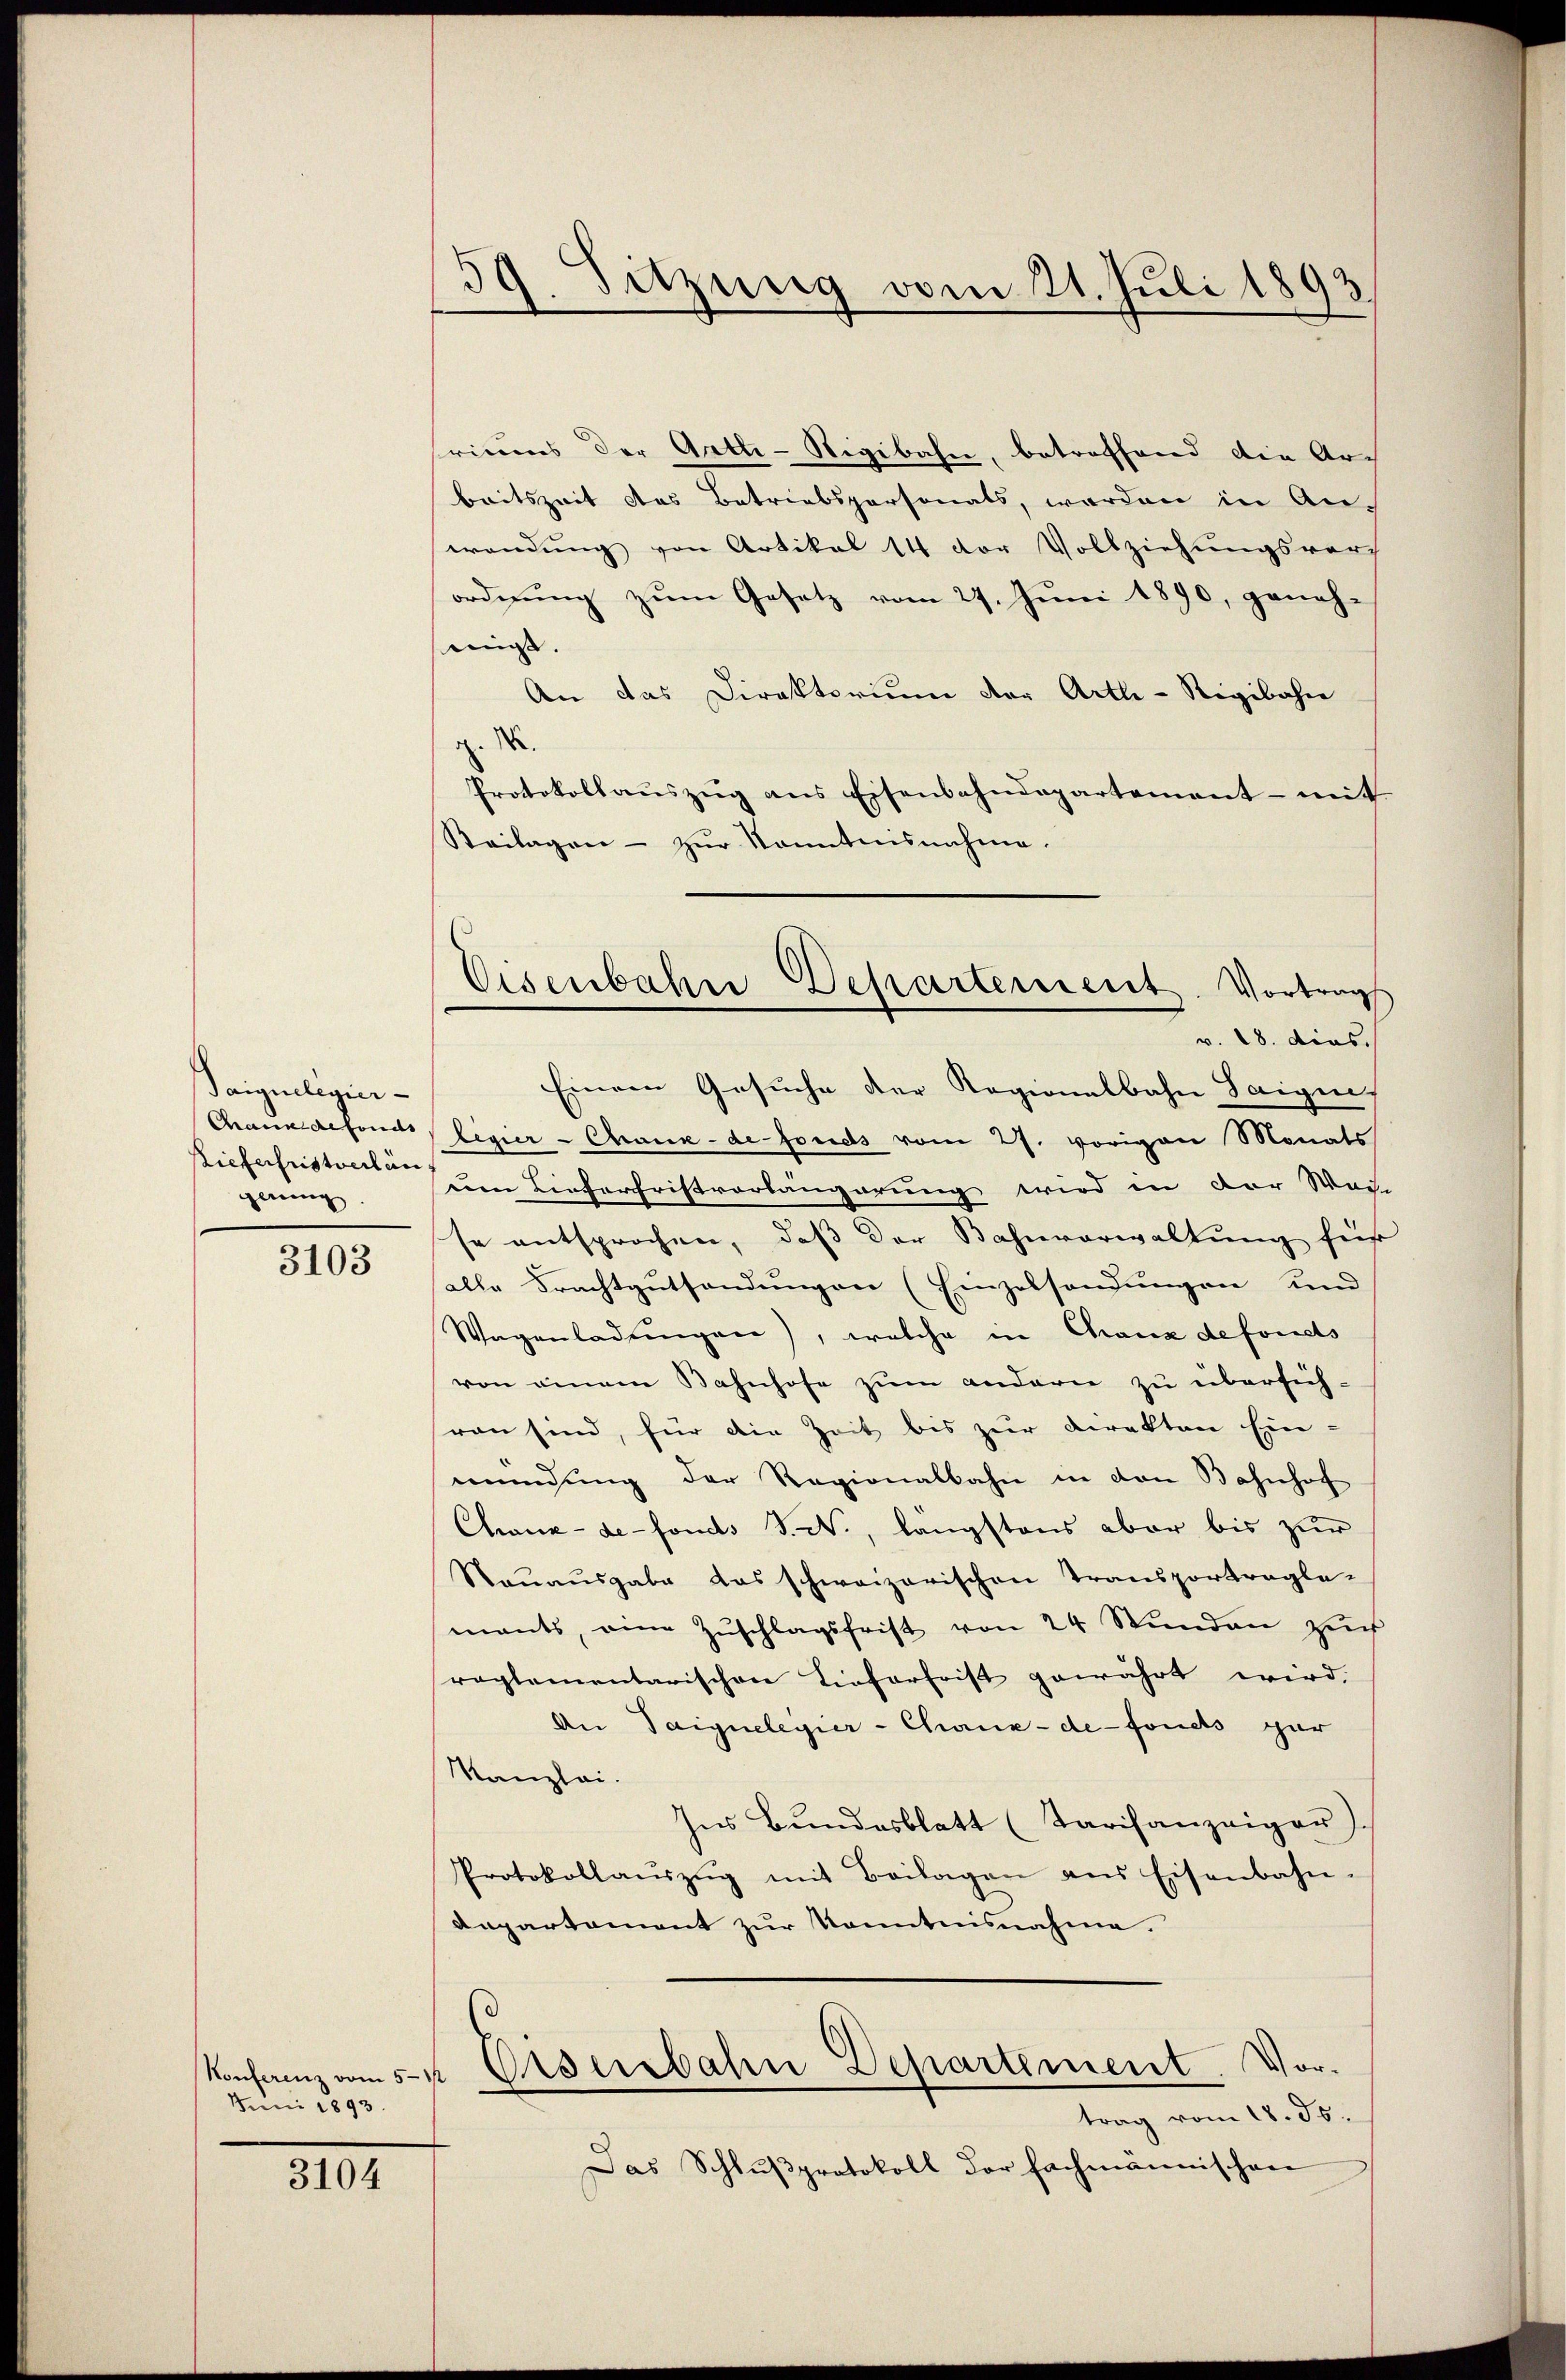
Saigueligier-
Stieferfristverlan
gerung

3103

Juni 1893.

3104

59. Sitzung vom 21. Juli 1893.

Eisenbahne Departement. Vortrag
v. 18. dies.

friums der Arth-Sigibahn, betreffend die Ar-
beitszeit das Betriebspersonats, worden in An-
wendung von Artikal 14 der Vollziehungsvors
ordnung zum Gesetz vom 27. Juni 1890, geneh-
inigt.
An das Direktorium der Artl-Rigibahn
.
Protokollauszug aus Eisenbahndepartement - mit
Seilagen - zur Kenntnisnahme.
Einem Gesuche der Regionalbahn Saigne
Chauxdefonds legier-Chaux-de fonds vom 27. vorigen Monats
um Lieferfristvorlängerung wird in der Wei-
se entsprochen, daß der Bahnverwaltung für
alle Frachtgutsandungen (Einzelsendungen und
Wagenladŭngen), welche in Chaux defonets
von einem Bahnhofe zum andern zu übersichran sind, für die Zeit bis zur Direkten Ein-
mündung der Regionalbahn in den Bahnhof
Chaux-de-Fonds S. N., längstens aber bis zur
Rauausgabe das schweizerischen Transportragle-
mants, eine Zŭschlagsfrist von 24 Stŭnden zŭr
reglementarischen Tieferfrist gewährt wird,
An Taignelegier-Chaux-de-Fonds gar
Kanzlei.
Ins Bundesblatt (Tarifanzeiger).
Protokollaŭszŭg mit Beilagen ans Eisenbahn-
Anpartement zur Kenntnisnahme.

Konferezansk Elserbahn Departement. Vor-
trag vom 18. ds.

Das Schlußprotokoll der fachmännischen